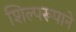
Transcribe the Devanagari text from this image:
शिल्परूपाने